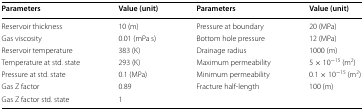
<table><thead><tr><td><b>Parameters</b></td><td><b>Value (unit)</b></td><td><b>Parameters</b></td><td><b>Value (unit)</b></td></tr></thead><tbody><tr><td>Reservoir thickness</td><td>10 (m)</td><td>Pressure at boundary</td><td>20 (MPa)</td></tr><tr><td>Gas viscosity</td><td>0.01 (mPa s)</td><td>Bottom hole pressure</td><td>12 (MPa)</td></tr><tr><td>Reservoir temperature</td><td>383 (K)</td><td>Drainage radius</td><td>1000 (m)</td></tr><tr><td>Temperature at std. state</td><td>293 (K)</td><td>Maximum permeability</td><td>5 × 10<sup>−15</sup> (m<sup>2</sup>)</td></tr><tr><td>Pressure at std. state</td><td>0.1 (MPa)</td><td>Minimum permeability</td><td>0.1 × 10<sup>−15</sup> (m<sup>2</sup>)</td></tr><tr><td>Gas Z factor</td><td>0.89</td><td>Fracture half-length</td><td>100 (m)</td></tr><tr><td>Gas Z factor std. state</td><td>1</td><td></td><td></td></tr></tbody></table>